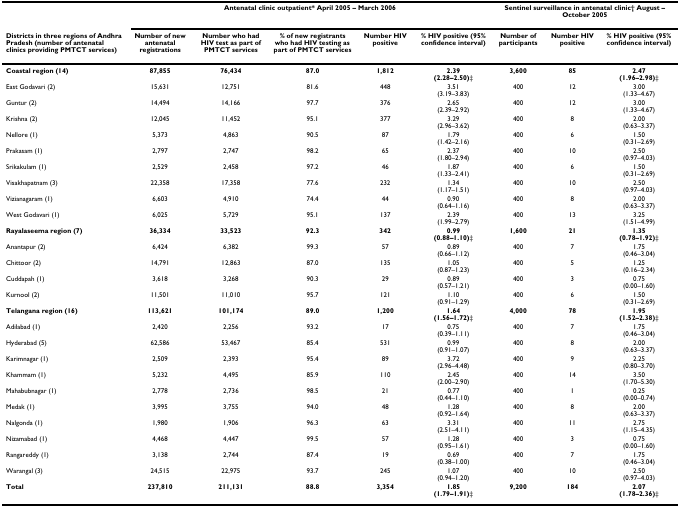
<table><thead><tr><td></td><td colspan="5"><b>Antenatal clinic outpatient* April 2005 – March 2006</b></td><td colspan="3"><b>Sentinel surveillance in antenatal clinic† August – October 2005</b></td></tr><tr><td><b>Districts in three regions of Andhra Pradesh (number of antenatal clinics providing PMTCT services)</b></td><td><b>Number of new antenatal registrations</b></td><td><b>Number who had HIV test as part of PMTCT services</b></td><td><b>% of new registrants who had HIV testing as part of PMTCT services</b></td><td><b>Number HIV positive</b></td><td><b>% HIV positive (95% confidence interval)</b></td><td><b>Number of participants</b></td><td><b>Number HIV positive</b></td><td><b>% HIV positive (95% confidence interval)</b></td></tr></thead><tbody><tr><td><b>Coastal region (14)</b></td><td><b>87,855</b></td><td><b>76,434</b></td><td><b>87.0</b></td><td><b>1,812</b></td><td><b>2.39 </b><b>(2.28–2.50)</b>‡</td><td><b>3,600</b></td><td><b>85</b></td><td><b>2.47 </b><b>(1.96–2.98)</b>‡</td></tr><tr><td>East Godavari (2)</td><td>15,631</td><td>12,751</td><td>81.6</td><td>448</td><td>3.51 (3.19–3.83)</td><td>400</td><td>12</td><td>3.00 (1.33–4.67)</td></tr><tr><td>Guntur (2)</td><td>14,494</td><td>14,166</td><td>97.7</td><td>376</td><td>2.65 (2.39–2.92)</td><td>400</td><td>12</td><td>3.00 (1.33–4.67)</td></tr><tr><td>Krishna (2)</td><td>12,045</td><td>11,452</td><td>95.1</td><td>377</td><td>3.29 (2.96–3.62)</td><td>400</td><td>8</td><td>2.00 (0.63–3.37)</td></tr><tr><td>Nellore (1)</td><td>5,373</td><td>4,863</td><td>90.5</td><td>87</td><td>1.79 (1.42–2.16)</td><td>400</td><td>6</td><td>1.50 (0.31–2.69)</td></tr><tr><td>Prakasam (1)</td><td>2,797</td><td>2,747</td><td>98.2</td><td>65</td><td>2.37 (1.80–2.94)</td><td>400</td><td>10</td><td>2.50 (0.97–4.03)</td></tr><tr><td>Srikakulam (1)</td><td>2,529</td><td>2,458</td><td>97.2</td><td>46</td><td>1.87 (1.33–2.41)</td><td>400</td><td>6</td><td>1.50 (0.31–2.69)</td></tr><tr><td>Visakhapatnam (3)</td><td>22,358</td><td>17,358</td><td>77.6</td><td>232</td><td>1.34 (1.17–1.51)</td><td>400</td><td>10</td><td>2.50 (0.97–4.03)</td></tr><tr><td>Vizianagaram (1)</td><td>6,603</td><td>4,910</td><td>74.4</td><td>44</td><td>0.90 (0.64–1.16)</td><td>400</td><td>8</td><td>2.00 (0.63–3.37)</td></tr><tr><td>West Godavari (1)</td><td>6,025</td><td>5,729</td><td>95.1</td><td>137</td><td>2.39 (1.99–2.79)</td><td>400</td><td>13</td><td>3.25 (1.51–4.99)</td></tr><tr><td><b>Rayalaseema region (7)</b></td><td><b>36,334</b></td><td><b>33,523</b></td><td><b>92.3</b></td><td><b>342</b></td><td><b>0.99 </b><b>(0.88–1.10)</b>‡</td><td><b>1,600</b></td><td><b>21</b></td><td><b>1.35 </b><b>(0.78–1.92)</b>‡</td></tr><tr><td>Anantapur (2)</td><td>6,424</td><td>6,382</td><td>99.3</td><td>57</td><td>0.89 (0.66–1.12)</td><td>400</td><td>7</td><td>1.75 (0.46–3.04)</td></tr><tr><td>Chittoor (2)</td><td>14,791</td><td>12,863</td><td>87.0</td><td>135</td><td>1.05 (0.87–1.23)</td><td>400</td><td>5</td><td>1.25 (0.16–2.34)</td></tr><tr><td>Cuddapah (1)</td><td>3,618</td><td>3,268</td><td>90.3</td><td>29</td><td>0.89 (0.57–1.21)</td><td>400</td><td>3</td><td>0.75 (0.00–1.60)</td></tr><tr><td>Kurnool (2)</td><td>11,501</td><td>11,010</td><td>95.7</td><td>121</td><td>1.10 (0.91–1.29)</td><td>400</td><td>6</td><td>1.50 (0.31–2.69)</td></tr><tr><td><b>Telangana region (16)</b></td><td><b>113,621</b></td><td><b>101,174</b></td><td><b>89.0</b></td><td><b>1,200</b></td><td><b>1.64 </b><b>(1.56–1.72)</b>‡</td><td><b>4,000</b></td><td><b>78</b></td><td><b>1.95 </b><b>(1.52–2.38)</b>‡</td></tr><tr><td>Adilabad (1)</td><td>2,420</td><td>2,256</td><td>93.2</td><td>17</td><td>0.75 (0.39–1.11)</td><td>400</td><td>7</td><td>1.75 (0.46–3.04)</td></tr><tr><td>Hyderabad (5)</td><td>62,586</td><td>53,467</td><td>85.4</td><td>531</td><td>0.99 (0.91–1.07)</td><td>400</td><td>8</td><td>2.00 (0.63–3.37)</td></tr><tr><td>Karimnagar (1)</td><td>2,509</td><td>2,393</td><td>95.4</td><td>89</td><td>3.72 (2.96–4.48)</td><td>400</td><td>9</td><td>2.25 (0.80–3.70)</td></tr><tr><td>Khammam (1)</td><td>5,232</td><td>4,495</td><td>85.9</td><td>110</td><td>2.45 (2.00–2.90)</td><td>400</td><td>14</td><td>3.50 (1.70–5.30)</td></tr><tr><td>Mahabubnagar (1)</td><td>2,778</td><td>2,736</td><td>98.5</td><td>21</td><td>0.77 (0.44–1.10)</td><td>400</td><td>1</td><td>0.25 (0.00–0.74)</td></tr><tr><td>Medak (1)</td><td>3,995</td><td>3,755</td><td>94.0</td><td>48</td><td>1.28 (0.92–1.64)</td><td>400</td><td>8</td><td>2.00 (0.63–3.37)</td></tr><tr><td>Nalgonda (1)</td><td>1,980</td><td>1,906</td><td>96.3</td><td>63</td><td>3.31 (2.51–4.11)</td><td>400</td><td>11</td><td>2.75 (1.15–4.35)</td></tr><tr><td>Nizamabad (1)</td><td>4,468</td><td>4,447</td><td>99.5</td><td>57</td><td>1.28 (0.95–1.61)</td><td>400</td><td>3</td><td>0.75 (0.00–1.60)</td></tr><tr><td>Rangareddy (1)</td><td>3,138</td><td>2,744</td><td>87.4</td><td>19</td><td>0.69 (0.38–1.00)</td><td>400</td><td>7</td><td>1.75 (0.46–3.04)</td></tr><tr><td>Warangal (3)</td><td>24,515</td><td>22,975</td><td>93.7</td><td>245</td><td>1.07 (0.94–1.20)</td><td>400</td><td>10</td><td>2.50 (0.97–4.03)</td></tr><tr><td><b>Total</b></td><td><b>237,810</b></td><td><b>211,131</b></td><td><b>88.8</b></td><td><b>3,354</b></td><td><b>1.85 </b><b>(1.79–1.91)</b>‡</td><td><b>9,200</b></td><td><b>184</b></td><td><b>2.07 </b><b>(1.78–2.36)</b>‡</td></tr></tbody></table>